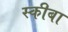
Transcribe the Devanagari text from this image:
स्कीबा